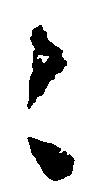
々